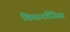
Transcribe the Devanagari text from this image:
किसनगॅँजिया